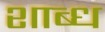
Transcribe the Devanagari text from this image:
शाब्ध